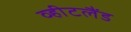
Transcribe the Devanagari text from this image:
व्हीटलैंड